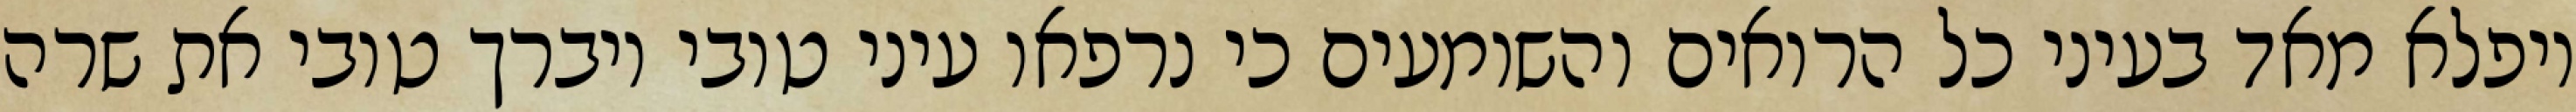
ויפלא מאד בעיני כל הרואים והשומעים כי נרפאו עיני טובי ויברך טובי את שרה